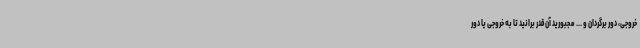
خروجی، دور برگردان و ... مجبورید آن‌قدر برانید تا به خروجی یا دور